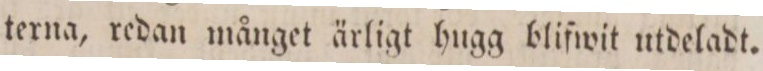
terna, redan månget ärligt hugg blifwit utdeladt.